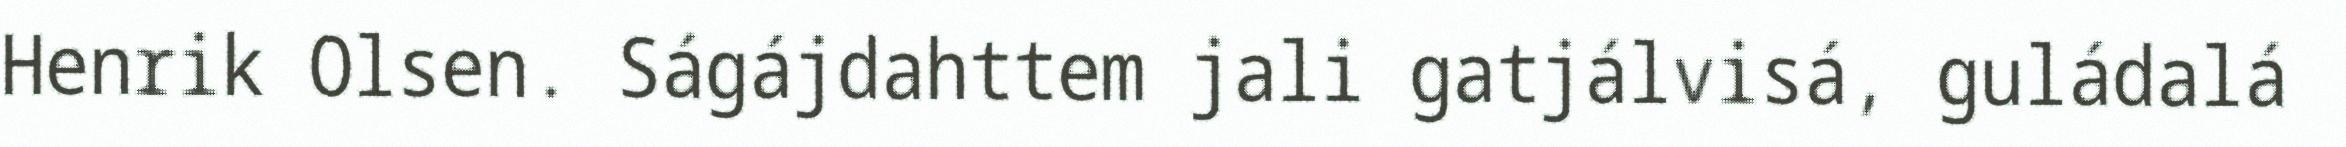
Henrik Olsen. Ságájdahttem jali gatjálvisá, guládalá